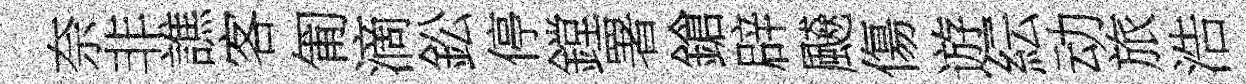
奈非譙客匍滴鈆停鏜署鎗辟飇傷遊紜动旅浩